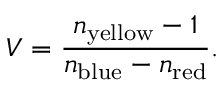
V = { \frac { n _ { \mathrm { y e l l o w } } - 1 } { n _ { \mathrm { b l u e } } - n _ { \mathrm { r e d } } } } .